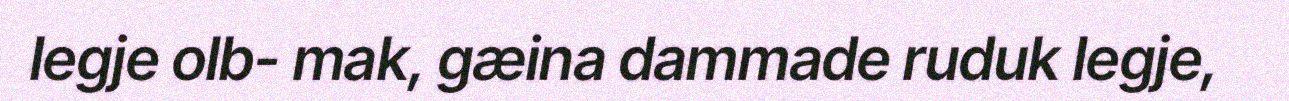
legje olb- mak, gæina dammade ruduk legje,